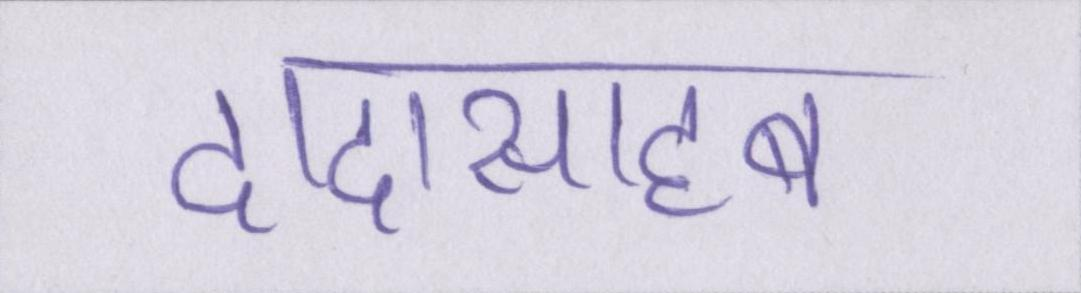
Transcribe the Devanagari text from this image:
दादासाहब